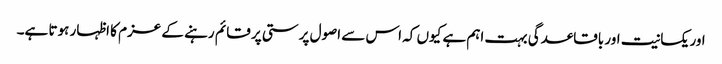
اور یکسانیت اور باقاعدگی بہت اہم ہے کیوں کہ اس سے اصول پرستی پر قائم رہنے کے عزم کا اظہار ہوتا ہے۔